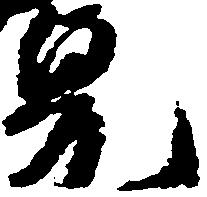
寛